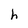
Character: h